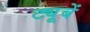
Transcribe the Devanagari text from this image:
ट्यूबें